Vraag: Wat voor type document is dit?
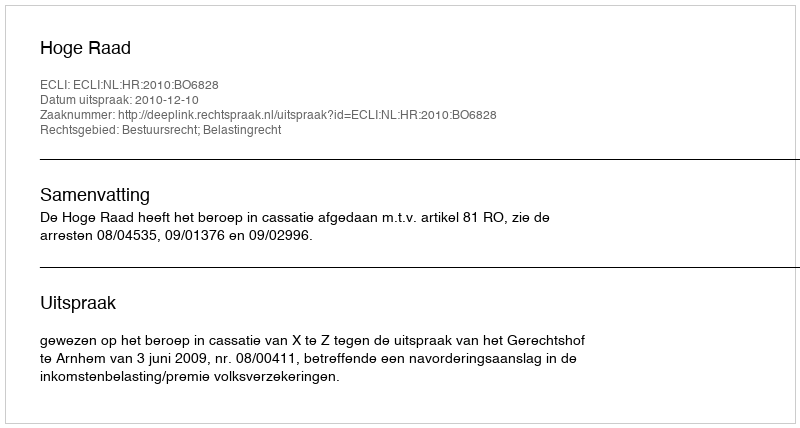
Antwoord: Uitspraak